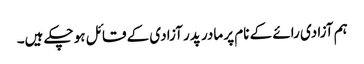
ہم آزادی رائے کے نام پر مادر پدر آزادی کے قائل ہو چکے ہیں۔